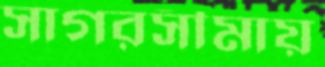
সাগরসীমায়